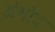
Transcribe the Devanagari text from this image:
अंभोद